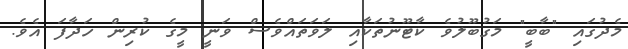
މެދުގައި "ބާބީ" މަގުބޫލުވެ ކާޓޫނުތަކާއި ލަވަތައްވެސް ވަނީ މީގެ ކުރިން ހަދާފަ އެވެ.